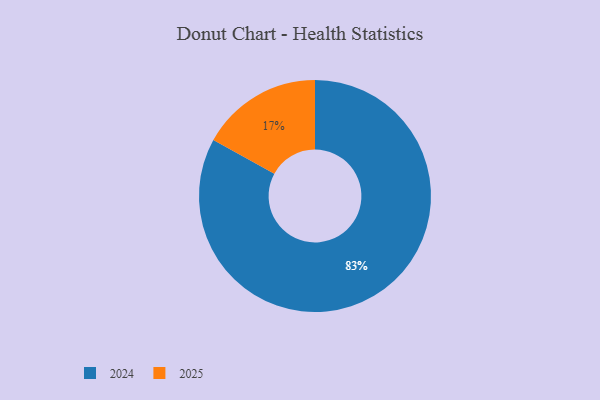
{"axis": {"x": "Category", "y": "Percentage"}, "legend": ["2024", "2025"], "data": [{"x": "2025", "y": 17, "type": "2025"}, {"x": "2024", "y": 83, "type": "2024"}]}